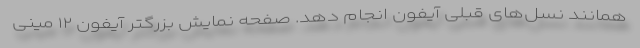
همانند نسل‌های قبلی آیفون انجام دهد. صفحه نمایش بزرگتر آیفون ۱۲ مینی